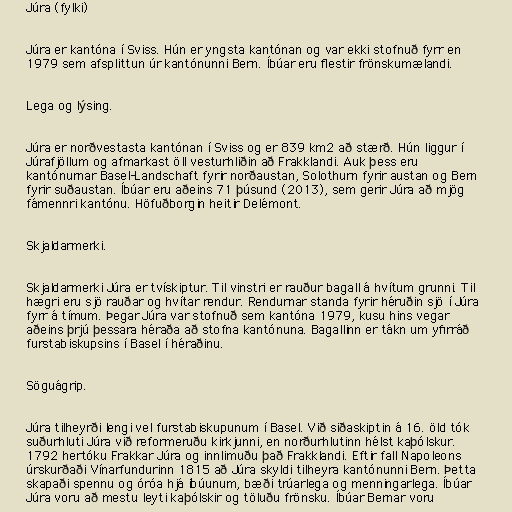
Júra (fylki)

Júra er kantóna í Sviss. Hún er yngsta kantónan og var ekki stofnuð fyrr en
1979 sem afsplittun úr kantónunni Bern. Íbúar eru flestir frönskumælandi.

Lega og lýsing.

Júra er norðvestasta kantónan í Sviss og er 839 km2 að stærð. Hún liggur í
Júrafjöllum og afmarkast öll vesturhliðin að Frakklandi. Auk þess eru
kantónurnar Basel-Landschaft fyrir norðaustan, Solothurn fyrir austan og Bern
fyrir suðaustan. Íbúar eru aðeins 71 þúsund (2013), sem gerir Júra að mjög
fámennri kantónu. Höfuðborgin heitir Delémont.

Skjaldarmerki.

Skjaldarmerki Júra er tvískiptur. Til vinstri er rauður bagall á hvítum grunni. Til
hægri eru sjö rauðar og hvítar rendur. Rendurnar standa fyrir héruðin sjö í Júra
fyrr á tímum. Þegar Júra var stofnuð sem kantóna 1979, kusu hins vegar
aðeins þrjú þessara héraða að stofna kantónuna. Bagallinn er tákn um yfirráð
furstabiskupsins í Basel í héraðinu.

Söguágrip.

Júra tilheyrði lengi vel furstabiskupunum í Basel. Við siðaskiptin á 16. öld tók
suðurhluti Júra við reformeruðu kirkjunni, en norðurhlutinn hélst kaþólskur.
1792 hertóku Frakkar Júra og innlimuðu það Frakklandi. Eftir fall Napoleons
úrskurðaði Vínarfundurinn 1815 að Júra skyldi tilheyra kantónunni Bern. Þetta
skapaði spennu og óróa hjá íbúunum, bæði trúarlega og menningarlega. Íbúar
Júra voru að mestu leyti kaþólskir og töluðu frönsku. Íbúar Bernar voru